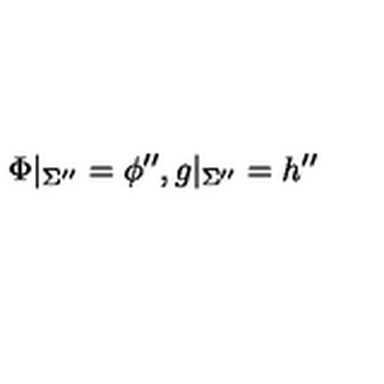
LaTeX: \Phi | _ { \Sigma ^ { \prime \prime } } = \phi ^ { \prime \prime } , g | _ { \Sigma ^ { \prime \prime } } = h ^ { \prime \prime }